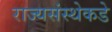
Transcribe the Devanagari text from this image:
राज्यसंस्थेकडे